Indian journal of veterinary science and animal husbandry - Volumes 15-17, 1948-1951
Year: 1948
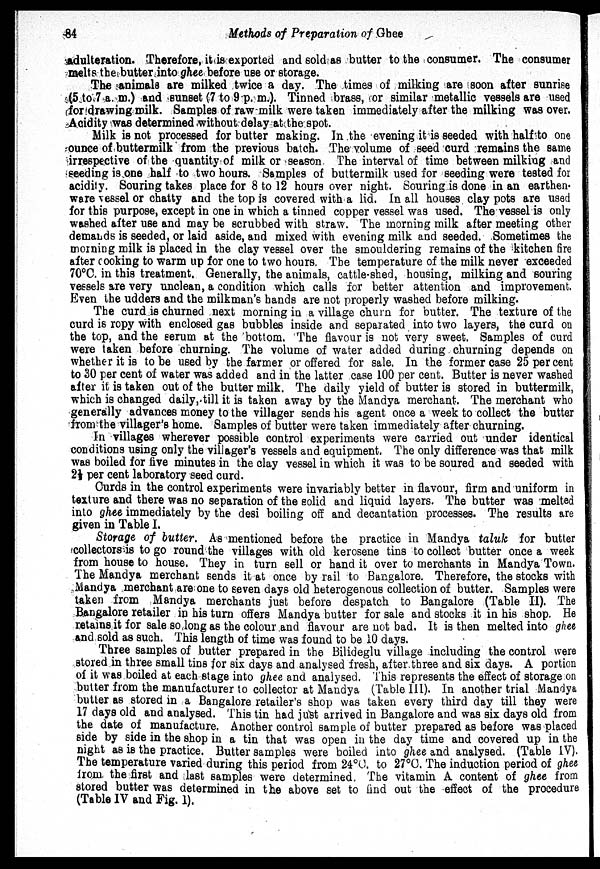
84
Methods of Preparation of Ghee
adulteration. Therefore, it is exported and sold as butter to the consumer. The consumer
melts the butter into ghee before use or storage.
The animals are milked twice a day. The times of milking are soon after sunrise
(5 to 7 a.m.) and sunset (7 to 9 p. m.). Tinned brass, or similar metallic vessels are used
for drawing milk. Samples of raw milk were taken immediately after the milking was over.
Acidity was determined without delay at the spot.
Milk is not processed for butter making. In the evening it is seeded with half to one
ounce of buttermilk from the previous batch. The volume of seed curd remains the same
irrespective of the quantity of milk or season The interval of time between milking and
seeding is one half to two hours. Samples of buttermilk used for seeding were tested for
acidity. Souring takes place for 8 to 12 hours over night. Souring is done in an earthen-
ware vessel or chatty and the top is covered with a lid. In all houses clay pots are used
for this purpose, except in one in which a tinned copper vessel was used. The vessel is only
washed after use and may be scrubbed with straw. The morning milk after meeting other
demands is seeded, or laid aside, and mixed with evening milk and seeded. Sometimes the
morning milk is placed in the clay vessel over the smouldering remains of the kitchen fire
after cooking to warm up for one to two hours. The temperature of the milk never exceeded
70°C. in this treatment. Generally, the animals, cattle-shed, housing, milking and souring
vessels are very unclean, a condition which calls for better attention and improvement.
Even the udders and the milkman's hands are not properly washed before milking.
The curd is churned next morning in a village churn for butter. The texture of the
curd is ropy with enclosed gas bubbles inside and separated into two layers, the curd on
the top, and the serum at the bottom. The flavour is not very sweet. Samples of curd
were taken before churning. The volume of water added during churning depends on
whether it is to be used by the farmer or offered for sale. In the former case 25 per cent
to 30 per cent of water was added and in the latter case 100 per cent. Butter is never washed
after it is taken out of the butter milk. The daily yield of butter is stored in buttermilk,
which is changed daily, till it is taken away by the Mandya merchant. The merchant who
generally advances money to the villager sends his agent once a week to collect the butter
from the villager's home. Samples of butter were taken immediately after churning.
In villages wherever possible control experiments were carried out under identical
conditions using only the villager's vessels and equipment. The only difference was that milk
was boiled for five minutes in the clay vessel in which it was to be soured and seeded with
2½ per cent laboratory seed curd.
Curds in the control experiments were invariably better in flavour, firm and uniform in
texture and there was no separation of the solid and liquid layers. The butter was melted
into ghee immediately by the desi boiling off and decantation processes. The results are
given in Table I.
Storage of butter. As mentioned before the practice in Mandya taluk for butter
collectors is to go round the villages with old kerosene tins to collect butter once a week
from house to house. They in turn sell or hand it over to merchants in Mandya Town.
The Mandya merchant sends it at once by rail to Bangalore. Therefore, the stocks with
Mandya merchant are one to seven days old heterogenous collection of butter. Samples were
taken from Mandya merchants just before despatch to Bangalore (Table II). The
Bangalore retailer in his turn offers Mandya butter for sale and stocks it in his shop. He
retains it for sale so long as the colour and flavour are not bad. It is then melted into ghee
and sold as such. This length of time was found to be 10 days.
Three samples of butter prepared in the Bilideglu village including the control were
stored in three small tins for six days and analysed fresh, after three and six days. A portion
of it was boiled at each stage into ghee and analysed. This represents the effect of storage on
butter from the manufacturer to collector at Mandya (Table III). In another trial Mandya
butter as stored in a Bangalore retailer's shop was taken every third day till they were
17 days old and analysed. This tin had just arrived in Bangalore and was six days old from
the date of manufacture. Another control sample of butter prepared as before was placed
side by side in the shop in a tin that was open in the day time and covered up in the
night as is the practice. Butter samples were boiled into ghee and analysed. (Table IV).
The temperature varied during this period from 24°C. to 27°C. The induction period of ghee
from, the first and last samples were determined. The vitamin A content of ghee from
stored butter was determined in the above set to find out the effect of the procedure
(Table IV and Fig. 1).